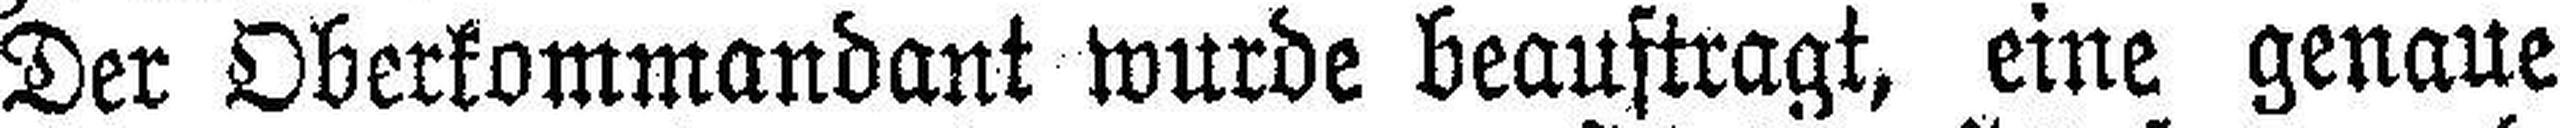
Der Oberkommandant wurde beauftragt, eine genaue